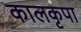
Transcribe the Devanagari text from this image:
कालकृपा